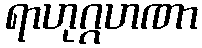
ရာဟုဂ္ဂဟဏာ